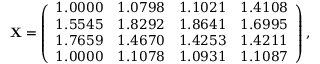
\mathbf { X } = \left( \begin{array} { c c c c } { 1 . 0 0 0 0 } & { 1 . 0 7 9 8 } & { 1 . 1 0 2 1 } & { 1 . 4 1 0 8 } \\ { 1 . 5 5 4 5 } & { 1 . 8 2 9 2 } & { 1 . 8 6 4 1 } & { 1 . 6 9 9 5 } \\ { 1 . 7 6 5 9 } & { 1 . 4 6 7 0 } & { 1 . 4 2 5 3 } & { 1 . 4 2 1 1 } \\ { 1 . 0 0 0 0 } & { 1 . 1 0 7 8 } & { 1 . 0 9 3 1 } & { 1 . 1 0 8 7 } \end{array} \right) ,